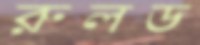
রুলড